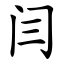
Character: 闫